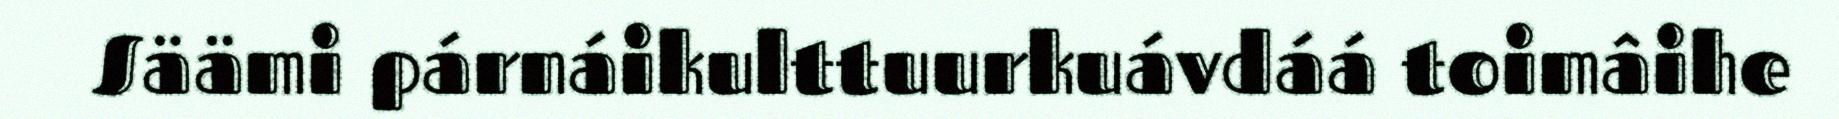
Säämi párnáikulttuurkuávdáá toimâihe